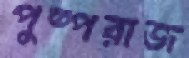
পুষ্পরাজ